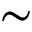
\sim